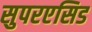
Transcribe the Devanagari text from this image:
सुपरएसिड